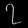
Digit: ၇